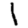
Digit: 1